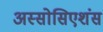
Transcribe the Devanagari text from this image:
अस्सोसिएशंस